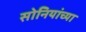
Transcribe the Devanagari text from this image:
सोनियांच्या